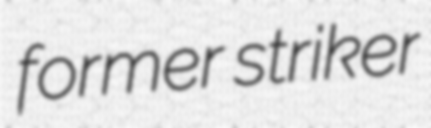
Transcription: former striker